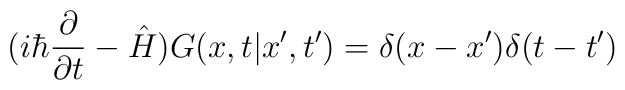
(i\hbar\frac{\partial} {\partial t}-\hat{H})G(x,t|x',t')=\delta(x-x')\delta(t-t')